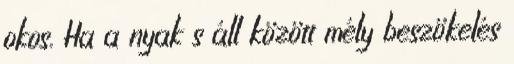
okos. Ha a nyak s áll között mély beszökelés